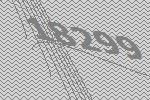
18299